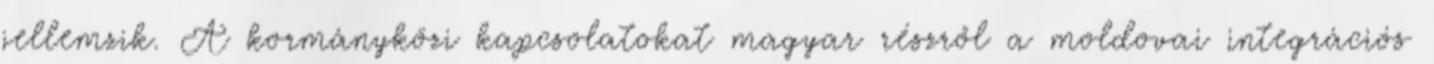
jellemzik. A kormányközi kapcsolatokat magyar részről a moldovai integrációs